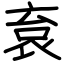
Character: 袬